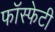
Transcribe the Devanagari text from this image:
फॉस्फेटी